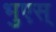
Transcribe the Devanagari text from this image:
भुएस्‌